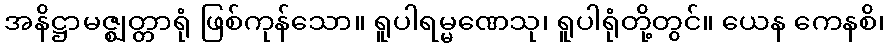
အနိဋ္ဌာမဇ္ဈတ္တာရုံ ဖြစ်ကုန်သော။ ရူပါရမ္မဏေသု၊ ရူပါရုံတို့တွင်။ ယေန ကေနစိ၊